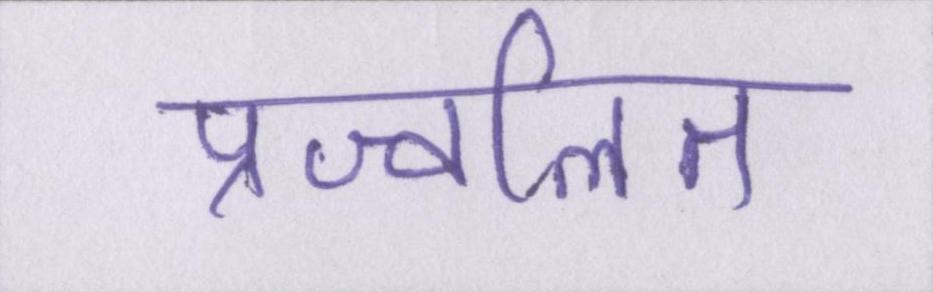
प्रज्वलित